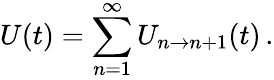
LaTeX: U(t)=\sum_{n=1}^{\infty}U_{n\to n+1}(t)\, .